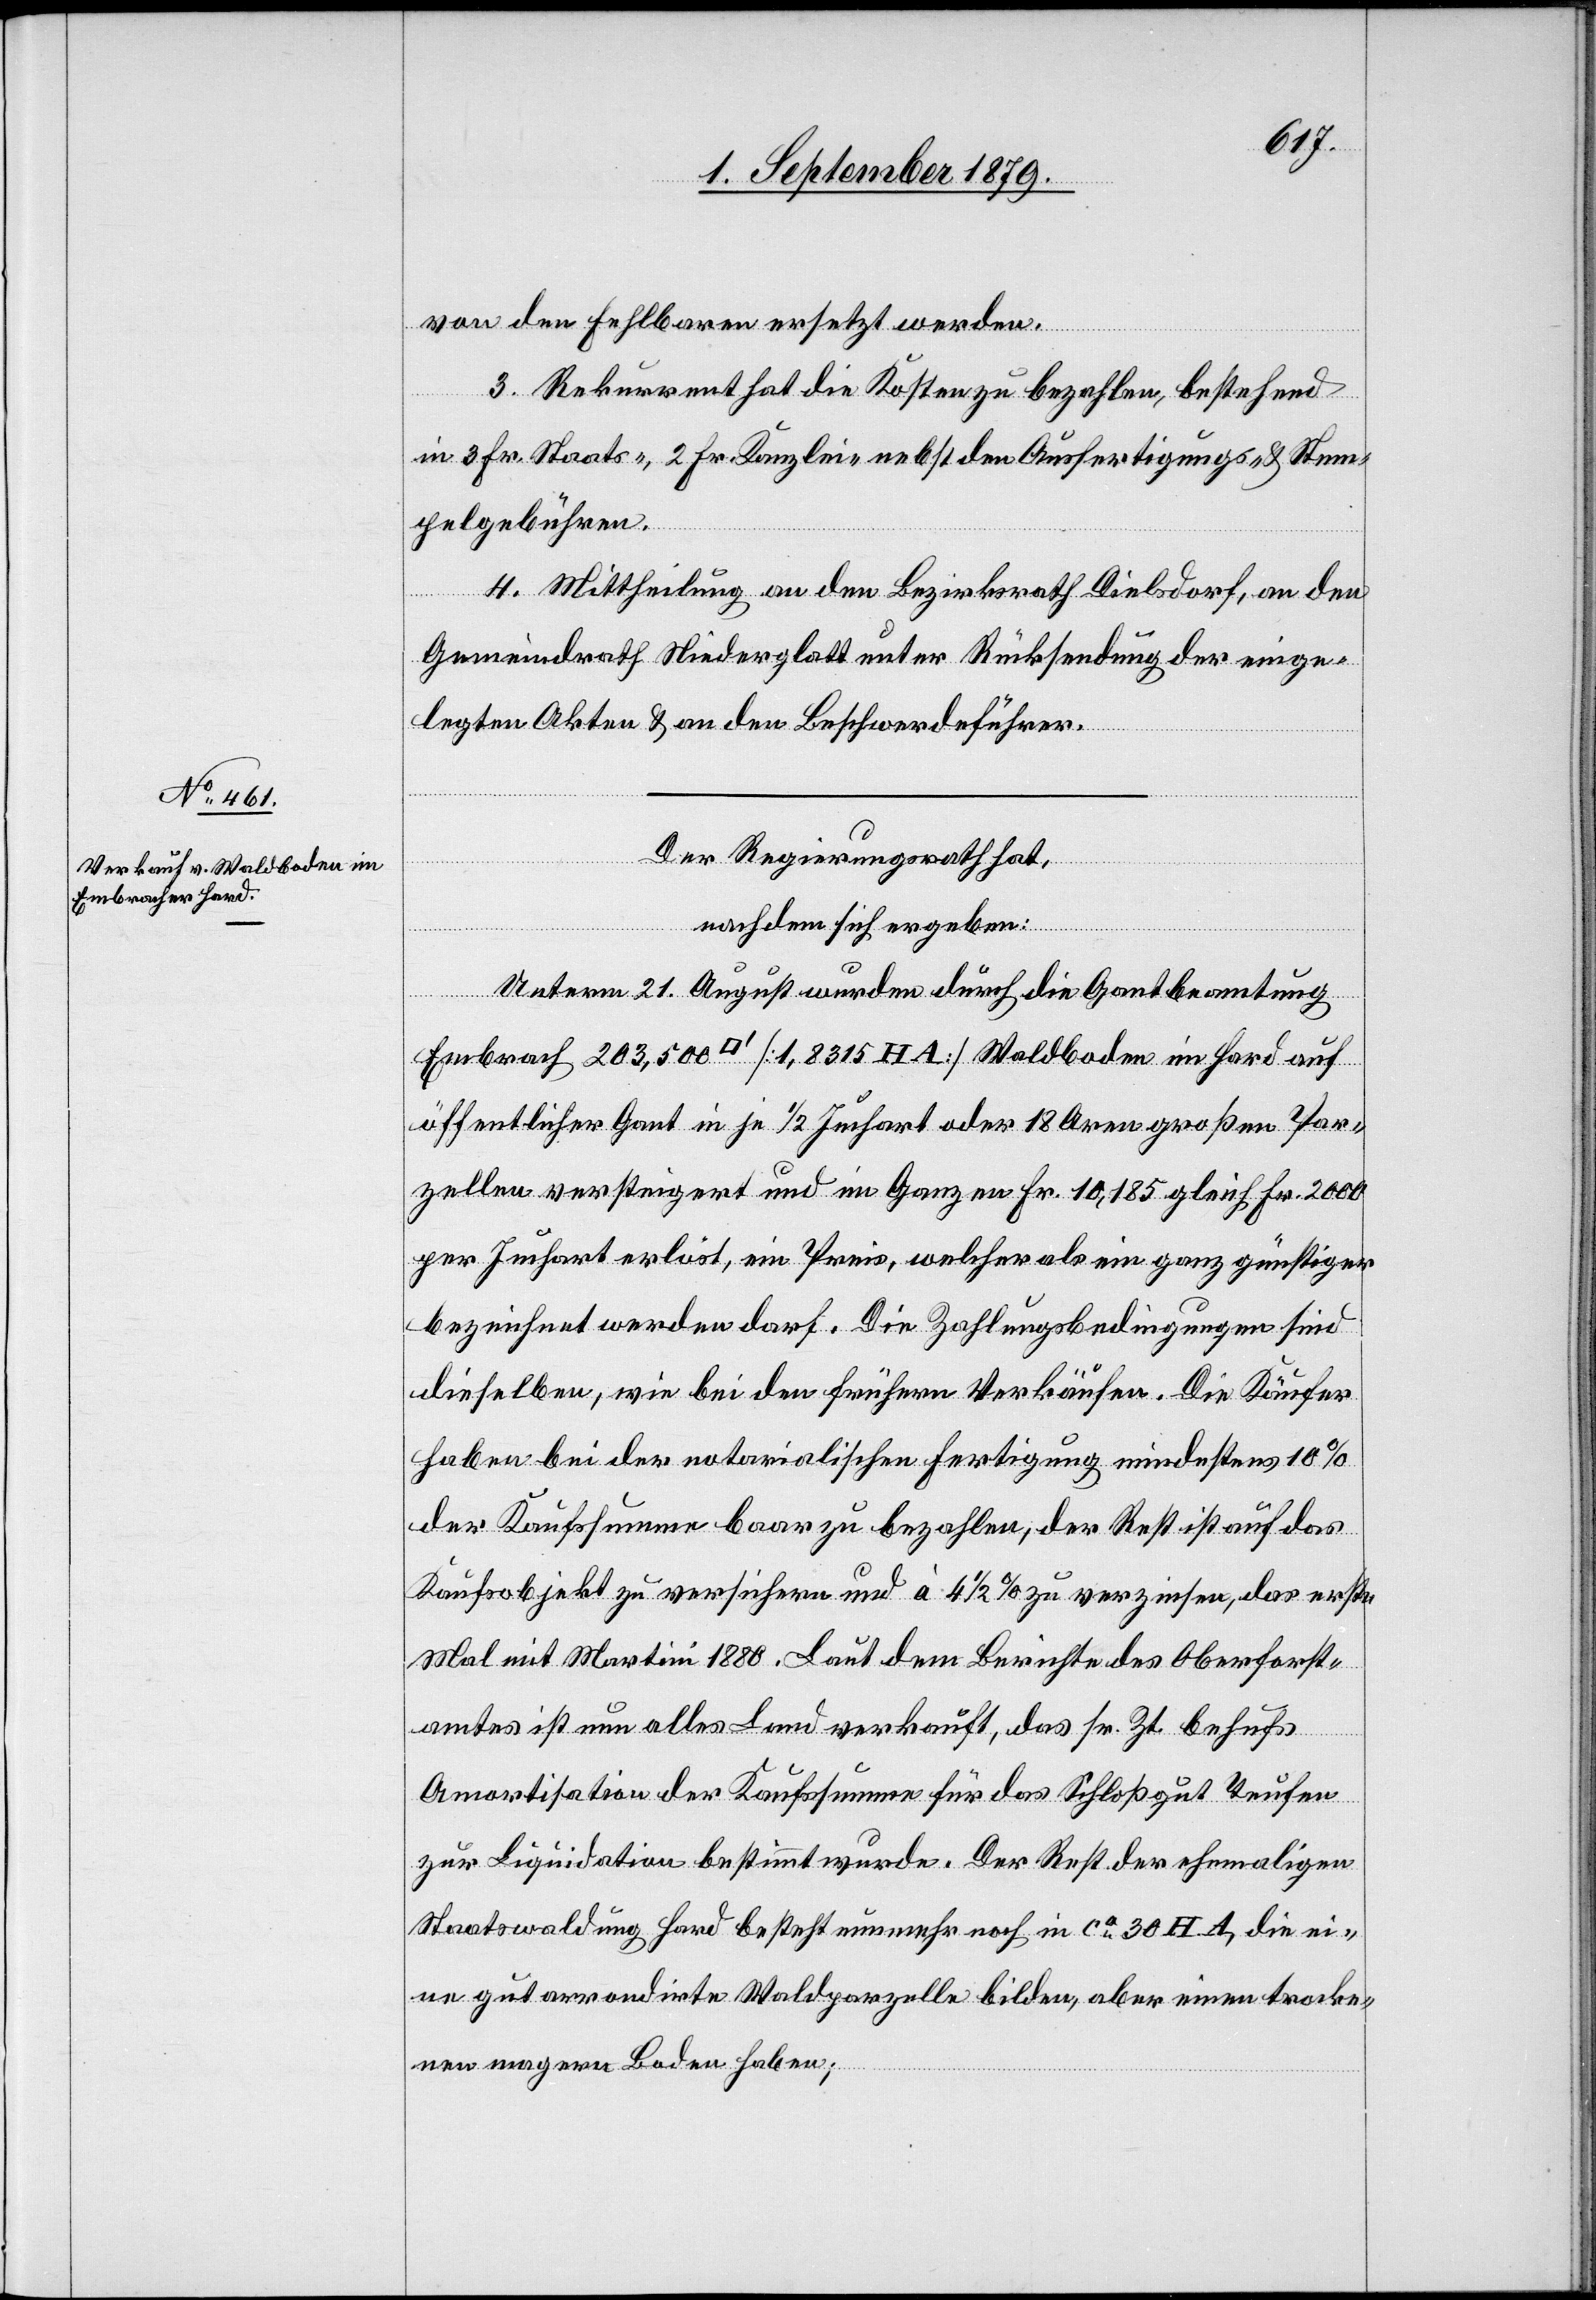
von den Fehlbaren ersetzt werden.
3. Rekurrent hat die Kosten zu bezahlen, bestehend
in 3 Fr. Staats-. 2 Fr. Kanzlei- nebst den Ausfertigungs- und Stem¬
pelgebühren.
4. Mittheilung an den Bezirksrath Dielsdorf, an den
Gemeindrath Niederglatt unter Rücksendung der einge¬
legten Akten & an den Beschwerdeführer.
Der Regierungsrath hat,
nachdem sich ergeben:
Unterm 21. August wurden durch die Gantbeamtung
Embrach 203,500 [Quadratfuß] [1,8315 HA] Waldboden im Hard auf
öffentlicher Gant in je 1/2 Juchart oder 18 Aren großen Par¬
zellen versteigert und im Ganzen Fr. 10,185 gleich Fr. 2000
per Juchart erlöst, ein Preis, welcher als ein ganz zünftiger
bezeichnet werden darf. Die Zahlungsbedingungen sind
dieselben, wie bei den frühern Verkäufen. Die Käufer
haben bei der notarialischen Fertigung mindestens 10%
der Kaufsumme baar zu bezahlen, der Rest ist auf das
Kaufsobjekt zu versichern und à 4 1/2% zu verzinsen, das erste
Mal mit Martini 1880. Laut dem Berichte des Oberforst¬
amtes ist nun alles Land verkauft, das sr. Zt. behufs
Amortisation der Kaufsumme für das Schloßgut Teufen
zur Liquidation bestimmt wurde. Der Rest der ehemaligen
Staatswaldung Hard besteht nunmehr noch in ca 30 HA, die ei¬
ne gut arrondirte Waldparzelle bilden, aber einen trocke¬
nen magern Boden haben;